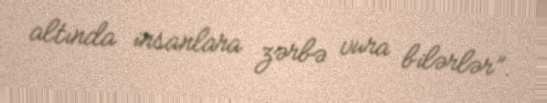
altında insanlara zərbə vura bilərlər”.